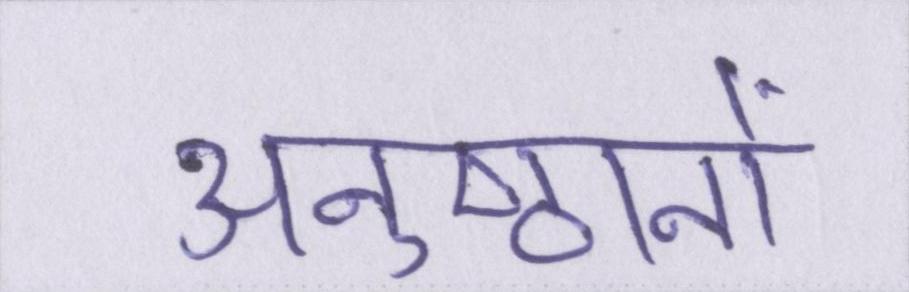
अनुष्ठानों